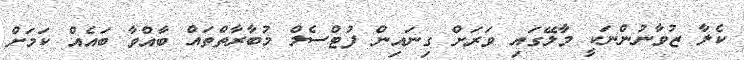
ކެލާ ޒުވާނުންނަކީ މާލޭގައި ވަރަށް ގިނައިން ފުޓްސެލް މުބާރާތްތައް ބާއްވާ ބައެއް ކަމަށް